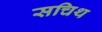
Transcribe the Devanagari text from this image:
सचिथ